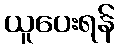
ယူပေးရန်